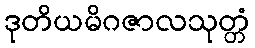
ဒုတိယမိဂဇာလသုတ္တံ